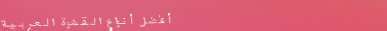
أفضل أنواع القهوة العربية